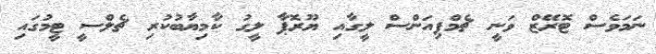
ނަމަވެސް ޓޮރޭޒް ވަނީ ޗެމްޕިއަންސް ލީގާއި ޔޫރޮޕާ ލީގު ކާމިޔާބުކުރި ޗެލްސީ ޓީމުގައި